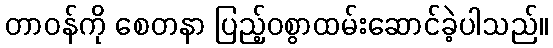
တာဝန်ကို စေတနာ ပြည့်ဝစွာထမ်းဆောင်ခဲ့ပါသည်။